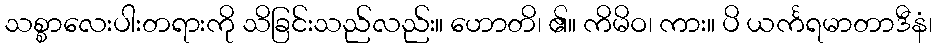
သစ္စာလေးပါးတရားကို သိခြင်းသည်လည်း။ ဟောတိ၊ ၏။ ကိမိဝ၊ ကား။ ပိ ယင်္ကရမာတာဒီနံ၊